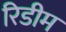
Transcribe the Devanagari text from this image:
रिडीम